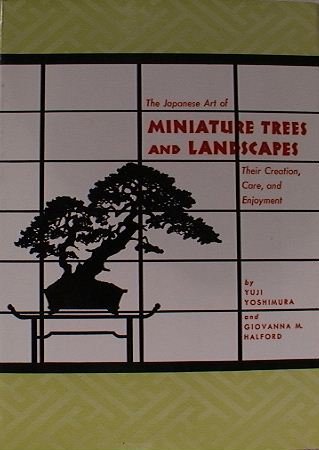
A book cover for The Japanese art of miniature trees and landscapes: Their creation, care, and enjoyment; Yuji Yoshimura; Crafts, Hobbies & Home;